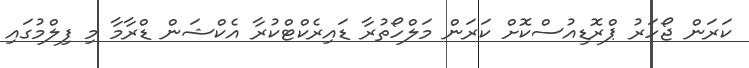
ކަރަން ޖޯހަރު ޕްރޮޑިއުސްކޮށް ކަރަން މަލްހޯތުރާ ޑައިރެކްޓްކުރާ އެކްޝަން ޑްރާމާ މި ފިލްމުގައި